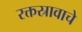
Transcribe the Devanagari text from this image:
रक्तस्रावाचे